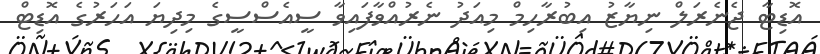
އޮޑިޓާ ޖެނެރަލް ނިޔާޒު އިބުރާހިމް މިއަދު ނެރުއްވާފައިވާ ސީއެސްސީގެ މިދިޔަ އަހަރުގެ އޮޑިޓް